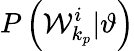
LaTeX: P\left(\mathcal{W}_{k_{p}}^{i}|\vartheta\right)